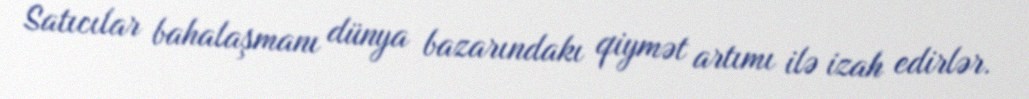
Satıcılar bahalaşmanı dünya bazarındakı qiymət artımı ilə izah edirlər.